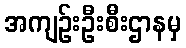
အကျဉ်းဦးစီးဌာနမှ